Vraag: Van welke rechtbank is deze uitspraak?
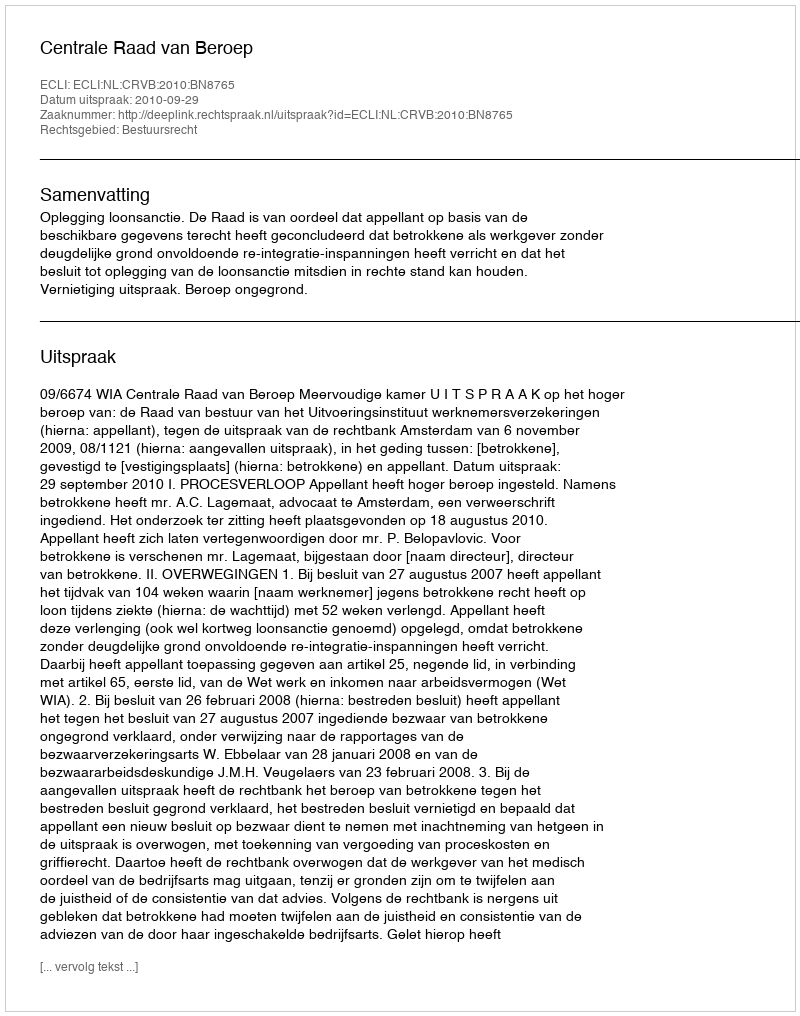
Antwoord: Centrale Raad van Beroep